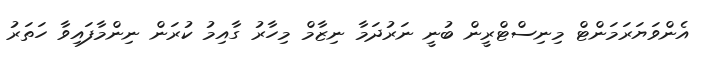
އެންވަޔަރަމަންޓް މިނިސްޓްރީން ބުނީ ނަރުދަމާ ނިޒާމް މިހާރު ގާއިމު ކުރަން ނިންމާފައިވާ ހަތަރު